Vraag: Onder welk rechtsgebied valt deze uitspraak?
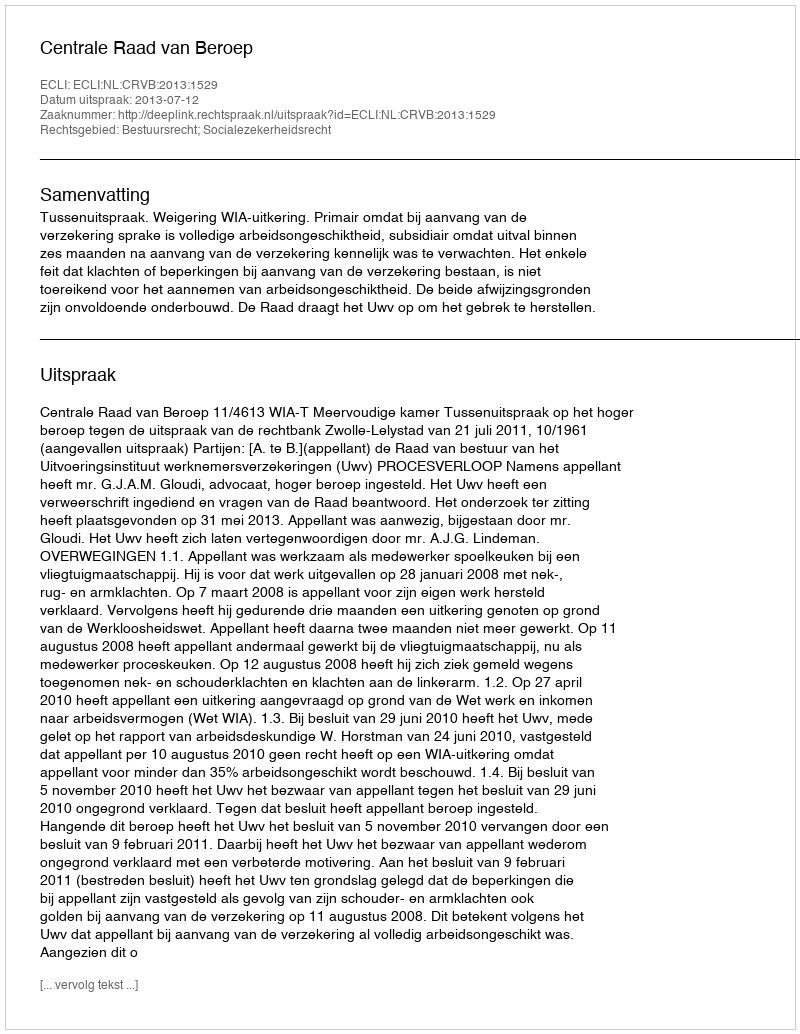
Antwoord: Bestuursrecht; Socialezekerheidsrecht